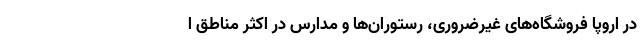
در اروپا فروشگاه‌های غیرضروری، رستوران‌ها و مدارس در اکثر مناطق ا